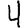
Digit: 4